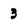
Character: 3